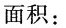
面积：